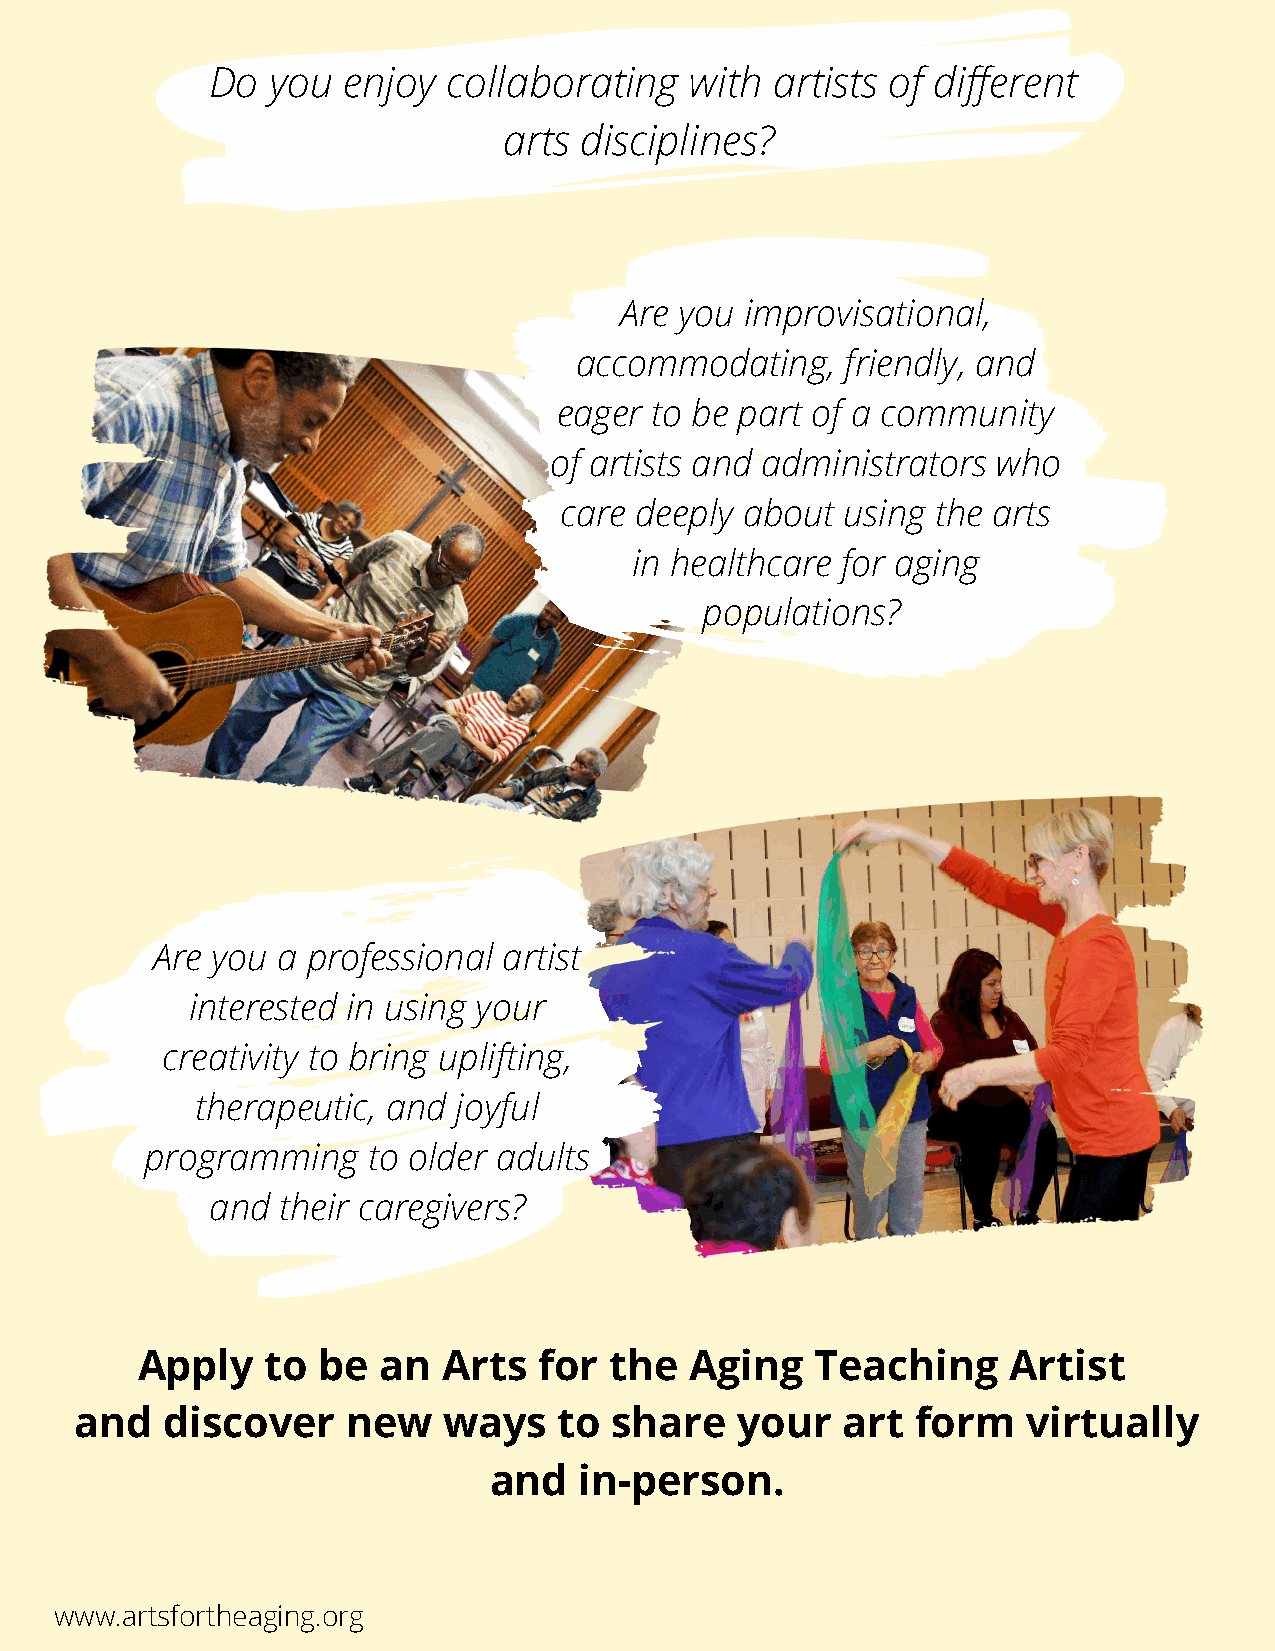
Do  you  enjoy  collaborating   with artists of different
 arts disciplines?
 Are you improvisational,
 accommodating,    friendly, and
 eager to be part of a community
 of artists and administrators who
 care deeply about  using the arts
 in healthcare for aging
 populations?
 Are you a professional artist
 interested in using your
 creativity to bring uplifting,
 therapeutic, and joyful
 programming   to older adults
 and their caregivers?
 Apply    to be  an  Arts   for the   Aging   Teaching     Artist
 and   discover    new   ways    to  share   your   art  form   virtually
 and   in-person.
 www.artsfortheaging.org